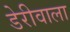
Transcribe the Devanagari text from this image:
डेरीवाला